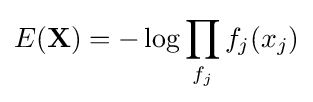
E(\mathbf {X} )=-\log \prod _{f_{j}}f_{j}(x_{j})